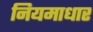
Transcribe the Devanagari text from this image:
नियमाधार